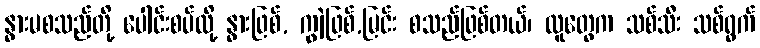
နွားမစသည်တို့ ပေါင်းစပ်လို့ နွားဖြစ်, ကျွဲဖြစ်,မြင်း စသည်ဖြစ်တယ်၊ လူတွေက သစ်သီး သစ်ရွက်